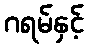
ဂရမ်နှင့်